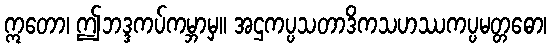
ဣတော၊ ဤဘဒ္ဒကပ်ကမ္ဘာမှ။ အဌကပ္ပသတာဒိကသဟဿကပ္ပမတ္တဓော၊